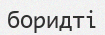
боридті